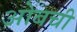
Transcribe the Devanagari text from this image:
ओबची